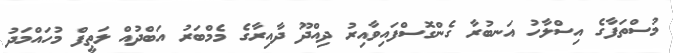
މުސްތަފާގެ އިސްލާހު އަނބުރާ ގެންގޮސްފައިވާއިރު ދިއްދޫ ދާއިރާގެ މެމްބަރު އަބްދުއް ލަތީފް މުހައްމަދު